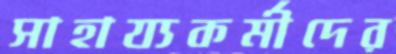
সাহায্যকর্মীদের